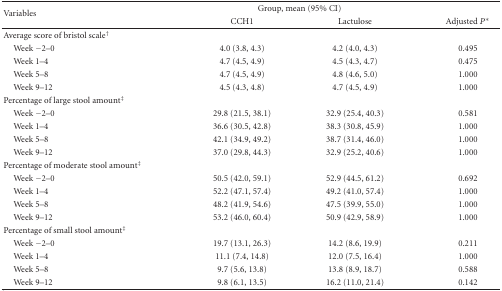
<table><thead><tr><td rowspan="2"><b>Variables</b></td><td colspan="2"><b>Group, mean (95% CI)</b></td><td></td></tr><tr><td><b>CCH1</b></td><td><b>Lactulose</b></td><td><b>Adjusted <i>P</i>*</b></td></tr></thead><tbody><tr><td>Average score of bristol scale<sup>†</sup></td><td></td><td></td><td></td></tr><tr><td> Week −2–0</td><td>4.0 (3.8, 4.3)</td><td>4.2 (4.0, 4.3)</td><td>0.495</td></tr><tr><td> Week 1–4</td><td>4.7 (4.5, 4.9)</td><td>4.5 (4.3, 4.7)</td><td>0.475</td></tr><tr><td> Week 5–8</td><td>4.7 (4.5, 4.9)</td><td>4.8 (4.6, 5.0)</td><td>1.000</td></tr><tr><td> Week 9–12</td><td>4.5 (4.3, 4.8)</td><td>4.7 (4.5, 4.9)</td><td>1.000</td></tr><tr><td>Percentage of large stool amount<sup>‡</sup></td><td></td><td></td><td></td></tr><tr><td> Week −2–0</td><td>29.8 (21.5, 38.1)</td><td>32.9 (25.4, 40.3)</td><td>0.581</td></tr><tr><td> Week 1–4</td><td>36.6 (30.5, 42.8)</td><td>38.3 (30.8, 45.9)</td><td>1.000</td></tr><tr><td> Week 5–8</td><td>42.1 (34.9, 49.2)</td><td>38.7 (31.4, 46.0)</td><td>1.000</td></tr><tr><td> Week 9–12</td><td>37.0 (29.8, 44.3)</td><td>32.9 (25.2, 40.6)</td><td>1.000</td></tr><tr><td>Percentage of moderate stool amount<sup>‡</sup></td><td></td><td></td><td></td></tr><tr><td> Week −2–0</td><td>50.5 (42.0, 59.1)</td><td>52.9 (44.5, 61.2)</td><td>0.692</td></tr><tr><td> Week 1–4</td><td>52.2 (47.1, 57.4)</td><td>49.2 (41.0, 57.4)</td><td>1.000</td></tr><tr><td> Week 5–8</td><td>48.2 (41.9, 54.6)</td><td>47.5 (39.9, 55.0)</td><td>1.000</td></tr><tr><td> Week 9–12</td><td>53.2 (46.0, 60.4)</td><td>50.9 (42.9, 58.9)</td><td>1.000</td></tr><tr><td>Percentage of small stool amount<sup>‡</sup></td><td></td><td></td><td></td></tr><tr><td> Week −2–0</td><td>19.7 (13.1, 26.3)</td><td>14.2 (8.6, 19.9)</td><td>0.211</td></tr><tr><td> Week 1–4</td><td>11.1 (7.4, 14.8)</td><td>12.0 (7.5, 16.4)</td><td>1.000</td></tr><tr><td> Week 5–8</td><td>9.7 (5.6, 13.8)</td><td>13.8 (8.9, 18.7)</td><td>0.588</td></tr><tr><td> Week 9–12</td><td>9.8 (6.1, 13.5)</td><td>16.2 (11.0, 21.4)</td><td>0.142</td></tr></tbody></table>